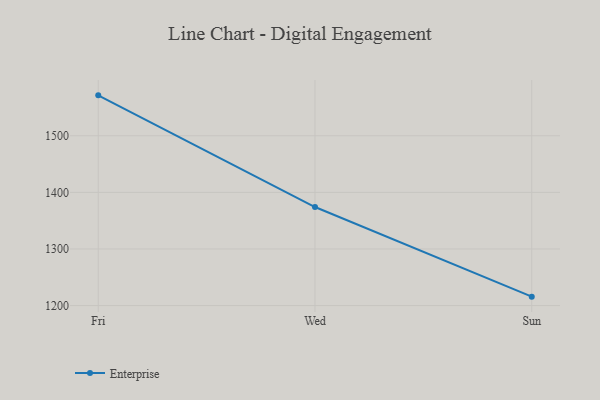
{"axis": {"x": "Day", "y": "Backlog"}, "legend": ["Enterprise"], "data": [{"x": "Fri", "y": 1571.4, "type": "Enterprise"}, {"x": "Wed", "y": 1374.1, "type": "Enterprise"}, {"x": "Sun", "y": 1215.8, "type": "Enterprise"}]}